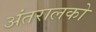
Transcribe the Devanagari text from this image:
अंतरालको